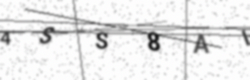
Text: 4SS8AI